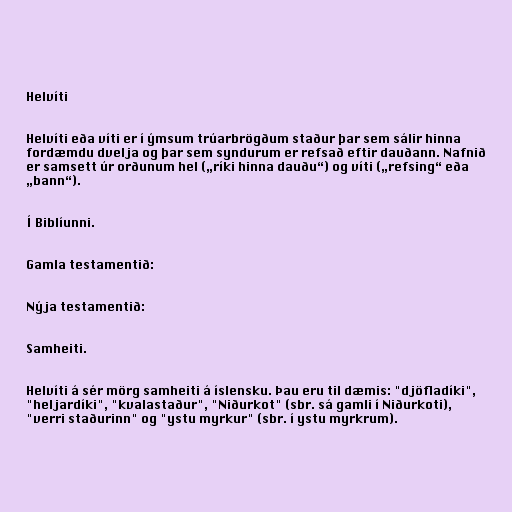
Helvíti

Helvíti eða víti er í ýmsum trúarbrögðum staður þar sem sálir hinna
fordæmdu dvelja og þar sem syndurum er refsað eftir dauðann. Nafnið
er samsett úr orðunum hel („ríki hinna dauðu“) og víti („refsing“ eða
„bann“).

Í Biblíunni.

Gamla testamentið:

Nýja testamentið:

Samheiti.

Helvíti á sér mörg samheiti á íslensku. Þau eru til dæmis: "djöfladíki",
"heljardíki", "kvalastaður", "Niðurkot" (sbr. sá gamli í Niðurkoti),
"verri staðurinn" og "ystu myrkur" (sbr. í ystu myrkrum).